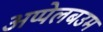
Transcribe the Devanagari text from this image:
अप्पेलबउम